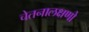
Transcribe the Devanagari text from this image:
चेतनालक्षणो